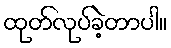
ထုတ်လုပ်ခဲ့တာပါ။